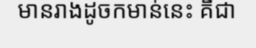
មានរាងដូចកមាន់នេះ គឺជា